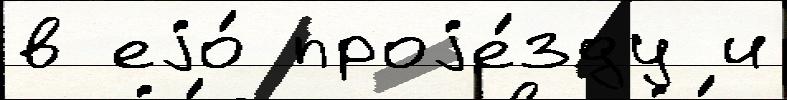
в еjо́ проjе́зду и